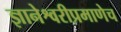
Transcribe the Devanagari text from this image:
ज्ञानेश्वरीप्रमाणेच